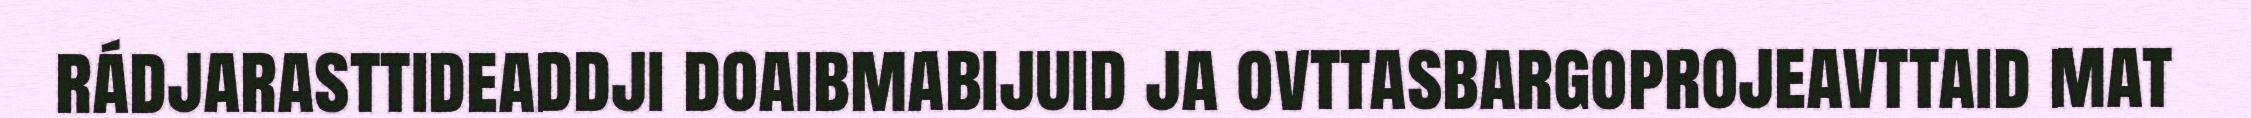
rádjarasttideaddji doaibmabijuid ja ovttasbargoprojeavttaid mat